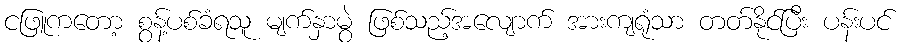
ငဖြူကတော့ စွန့်ပစ်ခံရသူ မျက်နှာမွဲ ဖြစ်သည့်အလျောက် အားကျရုံသာ တတ်နိုင်ပြီး ပန်းပင်